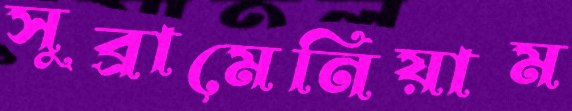
সুব্রামেনিয়াম